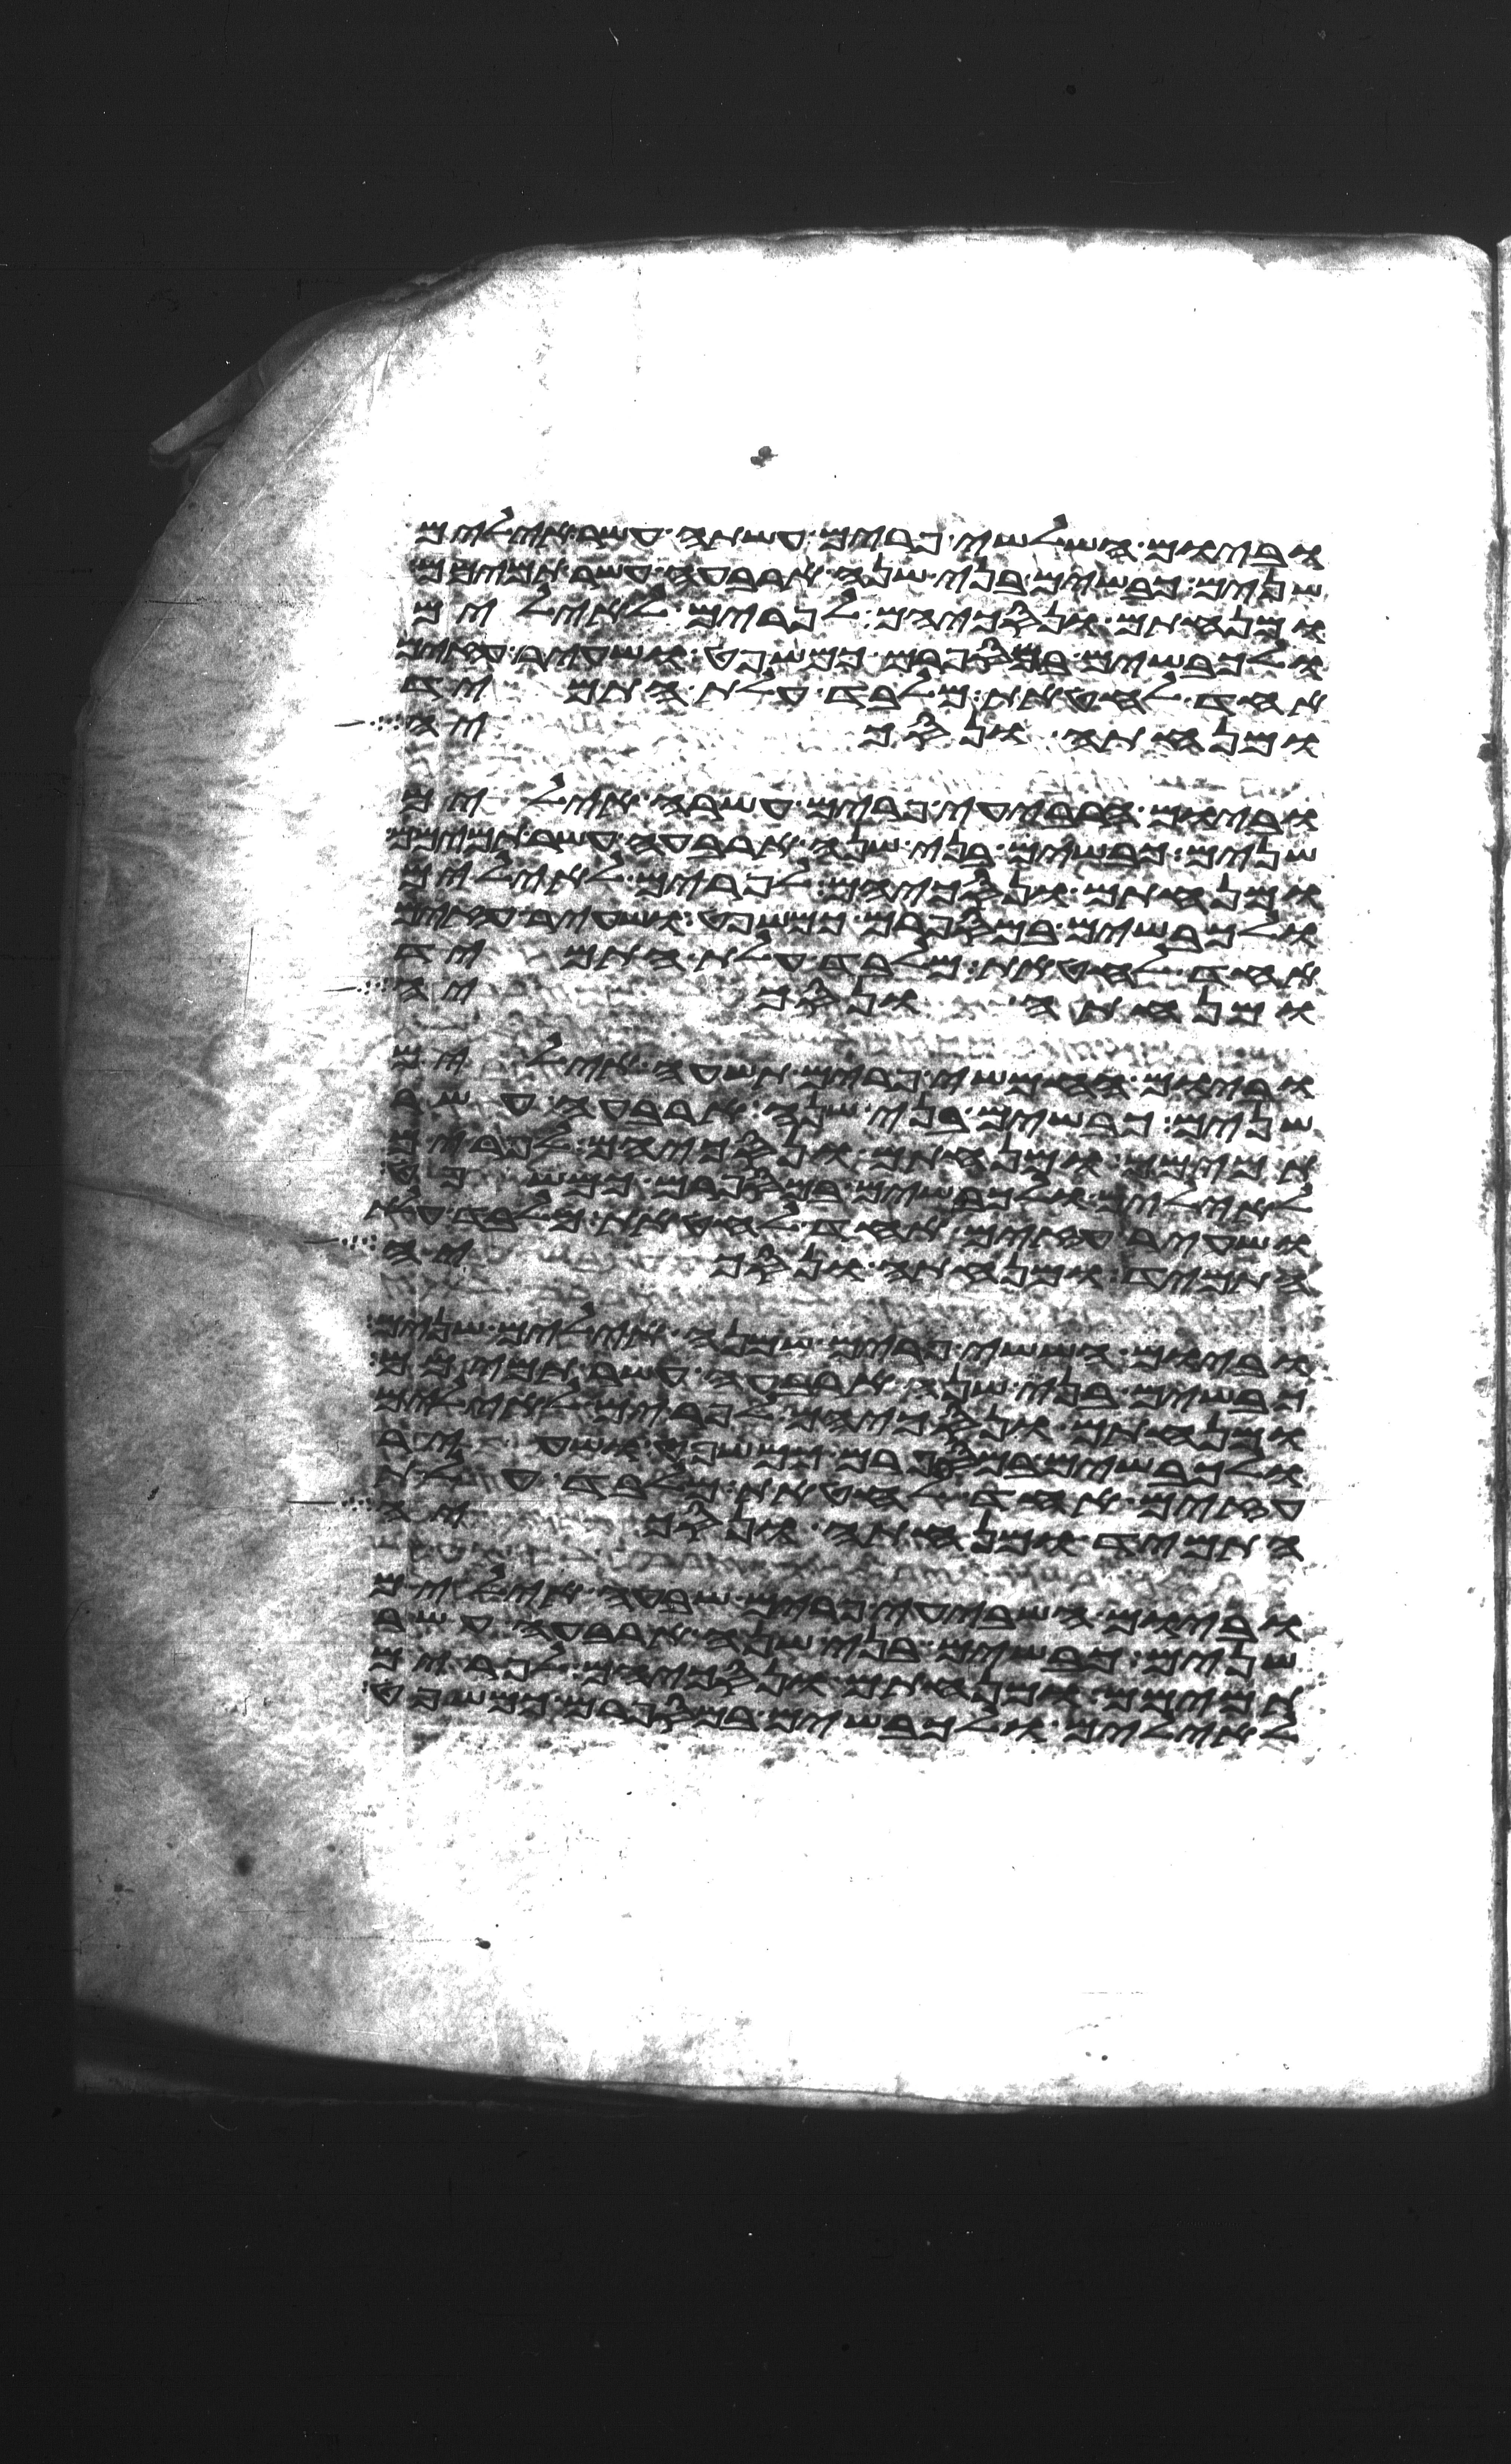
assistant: וביום השלישי פרים עשתה עשר אילים
שנים כבשים בני שנה ארבעה עשר תמימם
ומנחתם ונסכיהם לפרים לאילים
ולכבשים במספרם כמשפט ושעיר עזים
אחד לחטאת מלבד עלת התמיד
ומנחתה ונסכיה
וביום הרביעי פרים עשרה אילים
שנים כבשים בני שנה ארבעה עשר תמימם
ומנחתם ונסכיהם לפרים לאילים
ולכבשים במספרם כמשפט ושעיר עזים
אחד לחטאת מלבד עלת התמיד
ומנחתה ונסכיה
וביום החמישי פרים תשעה אילים
שנים כבשים בני שנה ארבעה עשר
תמימם ומנחתם ונסכיהם לפרים
לאילים ולכבשים במספרם כמשפט
ושעיר עזים אחד לחטאת מלבד עלת
התמיד ומנחתה ונסכיה
וביום הששי פרים שמנה אילים שנים
כבשים בני שנה ארבעה עשר תמימם
ומנחתם ונסכיהם לפרים לאילים
ולכבשים במספרם כמשפט ושעיר
עזים אחד לחטאת מלבד עלת
התמיד ומנחתה ונסכיה
וביום השביעי פרים שבעה אילים
שנים כבשים בני שנה ארבעה עשר
תמימם ומנחתם ונסכיהם לפרים
לאילים ולכבשים במספרם כמשפט